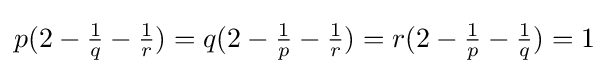
{\textstyle p(2-{\tfrac {1}{q}}-{\tfrac {1}{r}})=q(2-{\tfrac {1}{p}}-{\tfrac {1}{r}})=r(2-{\tfrac {1}{p}}-{\tfrac {1}{q}})=1}